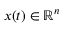
x ( t ) \in \ensuremath { \mathbb { R } } ^ { n }